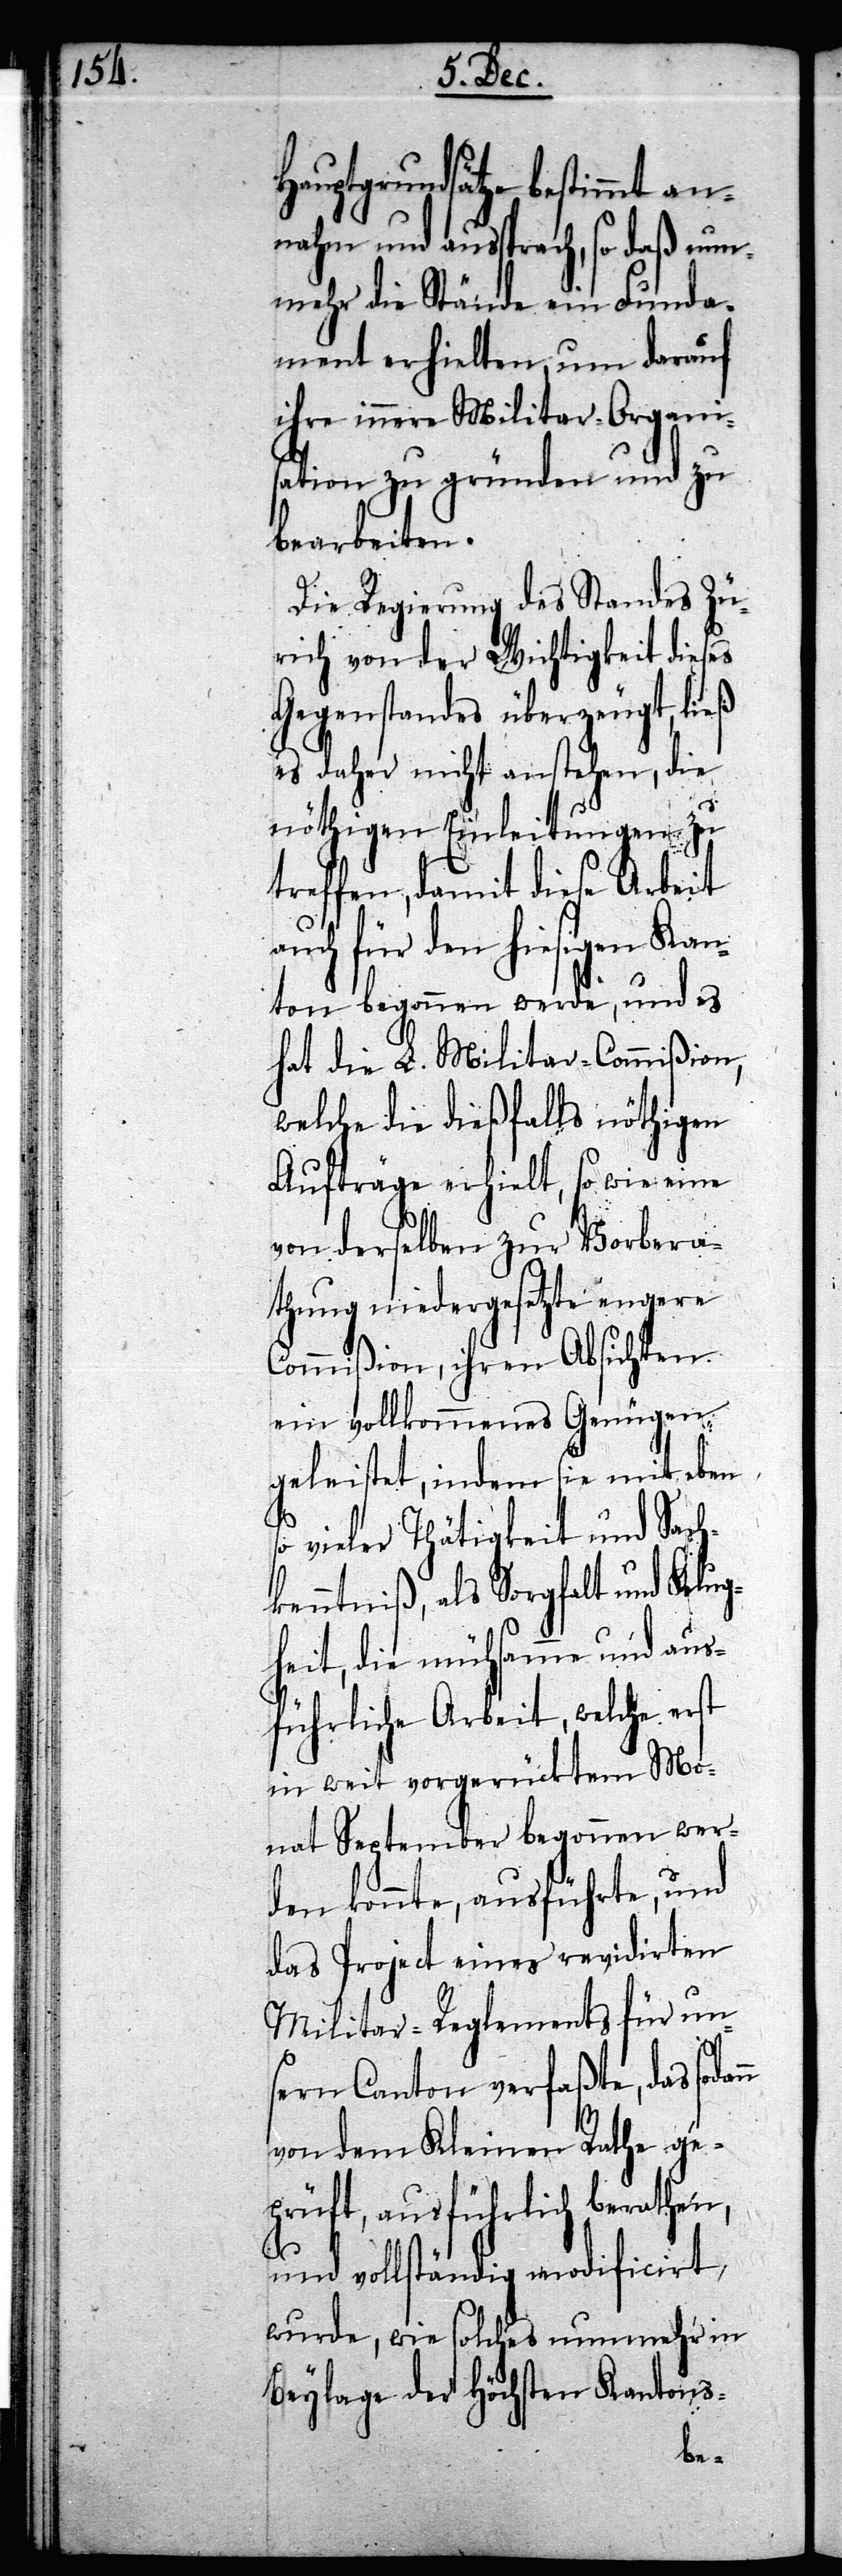
Hauptgrundsätze bestimmt an¬
nahm und aussprach, so daß nun¬
mehr die Stände ein Funda¬
ment erhielten, um darauf
ihre innere Militar-Organi¬
sation zu gründen und zu
bearbeiten.
Die Regierung des Standes Zü¬
rich von der Wichtigkeit dieses
Gegenstandes überzeugt, ließ
es daher nicht anstehen, die
nöthigen Einleitungen zu
treffen, damit diese Arbeit
auch für den hiesigen Kan¬
ton begonnen werde, und es
hat die L. Militar-Commißion,
welche die dießfalls nöthigen
Aufträge erhielt, so wie eine
von derselben zur Vorbera¬
thung niedergesetzte engere
Commißion, ihren Absichten
ein vollkommenes Genügen
geleistet, indem sie mit eben
n
o vieler Thätigkeit und Sach¬
kenntniß, als Sorgfalt und Klug¬
heit, die mühsamme und aus¬
führliche Arbeit, welche erst
in weit vorgerücktem Mo¬
nat September begonnen wer¬
den konnte, ausführte, und
das Project eines revidirten
Militar-Reglements für un¬
sern Canton verfaßte, das soda¬
von dem Kleinen Rathe ge¬
prüft, ausführlich berathen,
und vollständig modificirt
wurde, wie solches nunmehr in
Beylage der Höchsten Kantons-